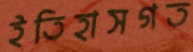
ইতিহাসগত